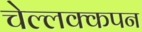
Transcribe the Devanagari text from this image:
चेल्लक्कपन